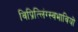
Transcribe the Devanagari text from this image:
विप्रित्लिंग्स्वभावियों